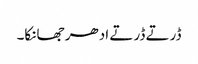
ڈرتے ڈرتے ادھر جھانکا۔